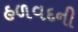
હળવદની